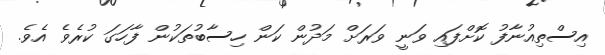
އިސްތިއުނާފު ކޮށްފައި ވަނީ ވަރަށް މަދުން ކަން ހިސާބުތަކުން ފާހަގަ ކުރެވެ އެވެ.